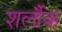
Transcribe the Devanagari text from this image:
शर्लौक